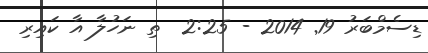
ޑިސެމްބަރު 19